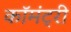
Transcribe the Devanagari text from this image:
कॉमंट्री